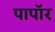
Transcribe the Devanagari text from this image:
पापॉर